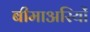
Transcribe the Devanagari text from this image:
बीमाअरियों